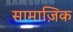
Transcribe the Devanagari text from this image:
सामाज़िक